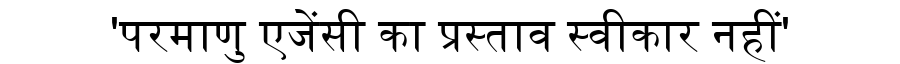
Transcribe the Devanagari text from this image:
'परमाणु एजेंसी का प्रस्ताव स्वीकार नहीं'